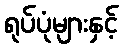
ရုပ်ပုံများနှင့်